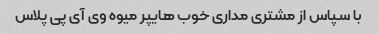
با سپاس از مشتری مداری خوب هایپر میوه وی آی پی پلاس